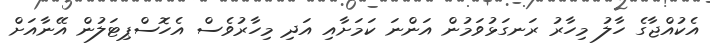
އެކުއްޖާގެ ހާލު މިހާރު ރަނގަޅުވަމުން އަންނަ ކަމަށާއި އަދި މިހާރުވެސް އެހޮސްޕިޓަލުން އޭނާއަށް